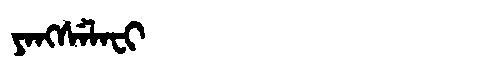
Manchu: ᠶᠠᠩᠰᡝᠯᠠᠸᡳ
Romanization: YANGSELAFI